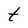
Character: t